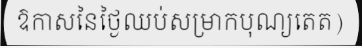
ឱកាសនៃថ្ងៃឈប់សម្រាកបុណ្យតេត)